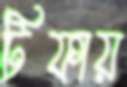
টিফায়